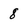
Character: 8